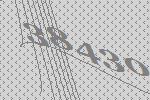
38430